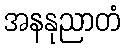
အနနုညာတံ